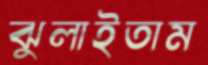
ঝুলাইতাম